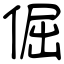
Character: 倔